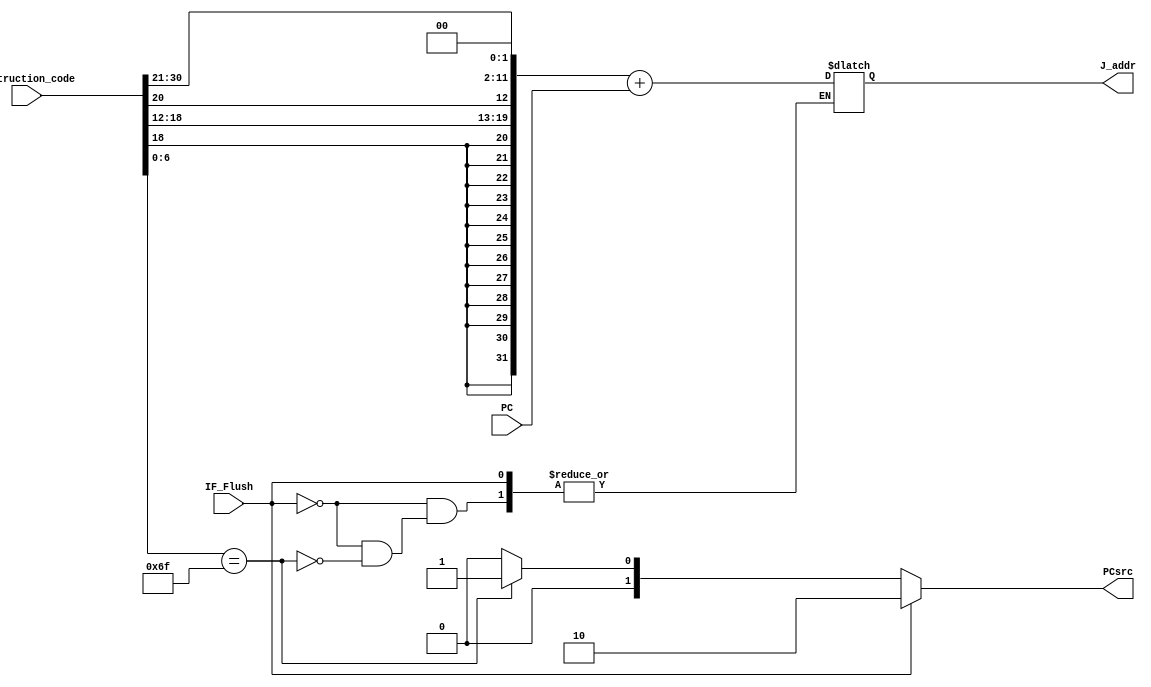
`timescale 1ns / 1ps
//////////////////////////////////////////////////////////////////////////////////
// Company: 
// Engineer: 
// 
// Design Name: 
// Module Name: Address_select
// Project Name: 
// Target Devices: 
// Tool Versions: 
// Description: 
// 
// Dependencies: 
// 
// Revision:
// Revision 0.01 - File Created
// Additional Comments:
// 
//////////////////////////////////////////////////////////////////////////////////


module Address_select(
input [31:0] Instruction_code,
input IF_Flush,
input PC,
output reg [31:0]  J_addr,
output reg [1:0] PCsrc
    );
    wire [19:0] Imm={Instruction_code[31],Instruction_code[19:12],Instruction_code[20],Instruction_code[30:21]};
    wire [19:0] Shft_2=Imm<<2;
    wire [31:0] X={{12{Shft_2[19]}},Shft_2};
    always @(*)
    begin
    if (IF_Flush ==1)
    PCsrc = 2'b10;
    else if (Instruction_code[6:0] == 7'b1101111) begin
    J_addr = X+PC;
    PCsrc = 2'b01;
    end
    else
    PCsrc = 2'b00;
    end
endmodule